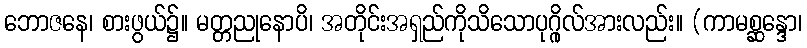
ဘောဇနေ၊ စားဖွယ်၌။ မတ္တညုနောပိ၊ အတိုင်းအရှည်ကိုသိသောပုဂ္ဂိုလ်အားလည်း။ (ကာမစ္ဆန္ဒော၊